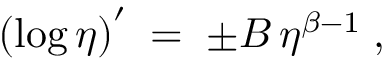
\left( \log \eta \right) ^ { \prime } \; = \; \pm B \, \eta ^ { \beta - 1 } \; ,